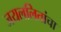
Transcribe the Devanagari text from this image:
जयललितांचा